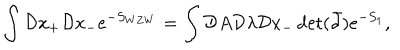
LaTeX: \int { \cal D } x _ { + } { \cal D } x _ { - } e ^ { - S _ { W Z W } } = \int { \cal D } A { \cal D } \lambda { \cal D } x _ { - } \det ( \bar { \partial } ) e ^ { - S _ { 1 } } ,